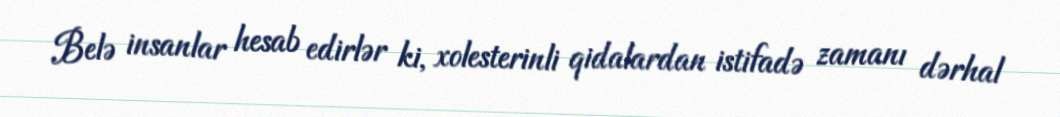
Belə insanlar hesab edirlər ki, xolesterinli qidalardan istifadə zamanı dərhal